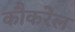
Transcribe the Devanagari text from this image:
कौकरेल